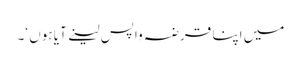
میں اپنا قرضہ واپس لینے آیا ہوں ‘۔